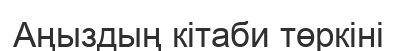
Аңыздың кітаби төркіні